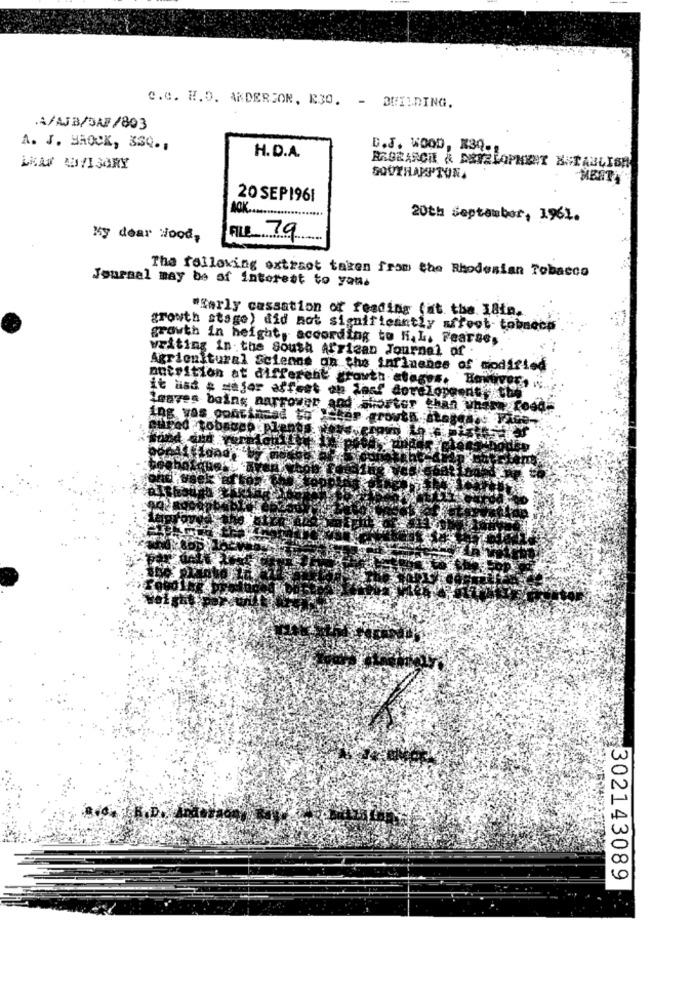
C.C. W.D. ANDERSON, R30. - BUILDING.
A/AJB/DAF/803
A. J. HROCK, 33Q .,
H.D.A.
D.J. WOOD, X30-1
SOUTHARTONA
MERT
20 SEP1961
ACK
20th september, 1961.
My dear Hood,
FILE 79
The following extraet taken from the Rhodesian Tobacco
Journal may be of interest to you.
"Early cassation of reading (at the 18ta.
growth stage) did not significantly affect tobnocp
growth in height, according to H. L. Fearse,
writing in the south African Journal of .
Agricultural Scienne on the infinenss of modified
nutrition at different growth atages. Howpr
it had ; major affest on leaf development, the
Leaves being narrower
ing vas pontiacad to !!
Pod tobacco plenos
:302143089